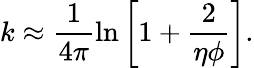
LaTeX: k\approx\frac{1}{4\pi}\ln{\left[1+\frac{2}{\eta\phi}\right]}.